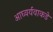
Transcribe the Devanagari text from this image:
आघ्वर्यवाकडे